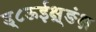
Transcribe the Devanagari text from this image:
ड्८ऊईक्ष़्ङंक्ष